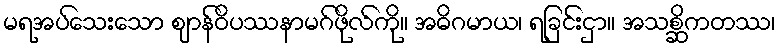
မရအပ်သေးသော ဈာန်ဝိပဿနာမဂ်ဖိုလ်ကို။ အဓိဂမာယ၊ ရခြင်းငှာ။ အသစ္ဆိကတဿ၊